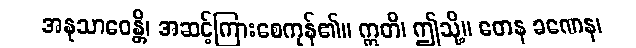
အနုသာဝေန္တိ၊ အဆင့်ကြားစေကုန်၏။ ဣတိ၊ ဤသို့။ တေန ခဏေန၊